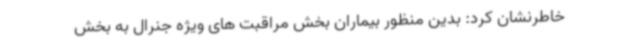
خاطرنشان کرد: بدین منظور بیماران بخش مراقبت های ویژه جنرال به بخش